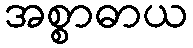
အစ္စာဓာယ